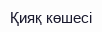
Қияқ көшесі